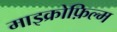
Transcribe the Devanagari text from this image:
माइक्रोफ़िल्म